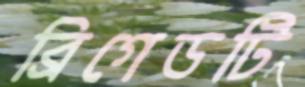
ব্রিগেডটি